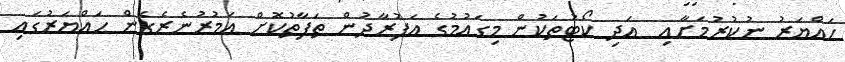
ހައްޔަރު ނުކުރުމަށާއި  އަދި ކޯޓުތަކުން މިގައުމުގެ އަފުރާދުން ތަފާތުކޮށް އަމުރުނެރެގެން ހައްޔަރުގައި